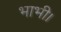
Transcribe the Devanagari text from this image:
भाभी।